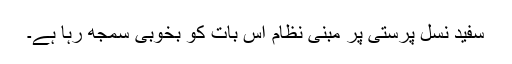
سفید نسل پرستی پر مبنی نظام اس بات کو بخوبی سمجھ رہا ہے۔